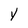
Character: Y